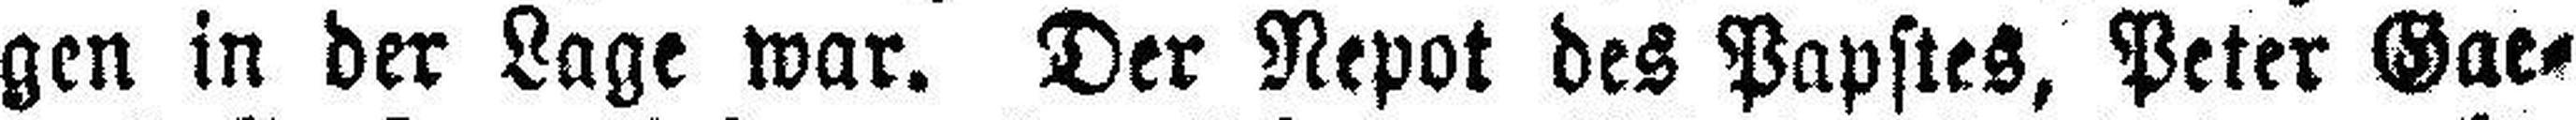
gen in der Lage war. Der Nepot des Papstes, Peter Gae¬